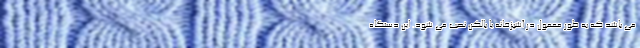
می باشد که به طور معمول در آشپزخانه یا بالکن نصب می شود. این دستگاه